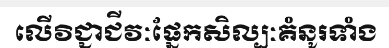
លើវិជ្ជាជីវៈផ្នែកសិល្បៈគំនូរទាំង